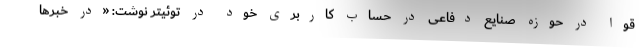
قوا در حوزه صنایع دفاعی در حساب کاربری خود در توئیتر نوشت: «در خبرها